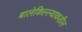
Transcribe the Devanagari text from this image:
बालेकिल्ल्याकडील